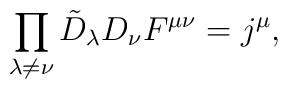
\prod_{\lambda\ne\nu}\tilde D_\lambda D_\nu F^{\mu\nu}=j^\mu,